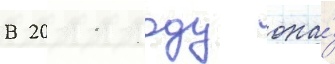
В 2011 году она́